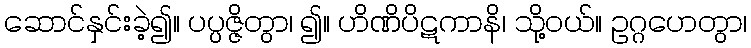
ဆောင်နှင်းခဲ့၍။ ပပ္ပဇ္ဇိတွာ၊ ၍။ ဟိဏိပိဋကာနိ၊ သို့ဝယ်။ ဥဂ္ဂဟေတွာ၊